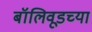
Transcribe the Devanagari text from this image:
बॉलिवूडच्या